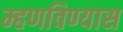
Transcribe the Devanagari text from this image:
म्हणविण्यास